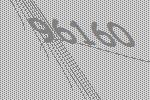
96160